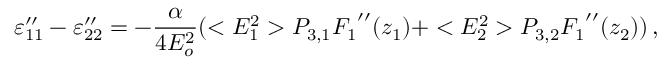
\varepsilon _ { 1 1 } ^ { \prime \prime } - \varepsilon _ { 2 2 } ^ { \prime \prime } = - { \frac { \alpha } { 4 E _ { o } ^ { 2 } } } ( < E _ { 1 } ^ { 2 } > P _ { 3 , 1 } { F _ { 1 } } ^ { \prime \prime } ( z _ { 1 } ) + < E _ { 2 } ^ { 2 } > P _ { 3 , 2 } { F _ { 1 } } ^ { \prime \prime } ( z _ { 2 } ) ) \, ,